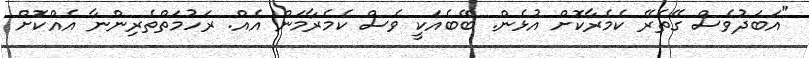
"އަބަދުވެސް ގޭތެރޭ ކެމެރާކޮށް އުޅެން. ބޭބެއަކީ ވެސް ކެމެރާމަން އެއް. ރަހުމަތްތެރިންނާ އެއްކޮށް